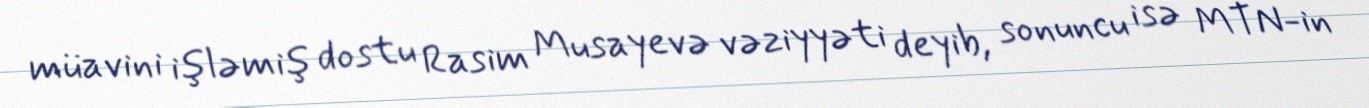
müavini işləmiş dostu Rasim Musayevə vəziyyəti deyib, sonuncu isə MTN-in